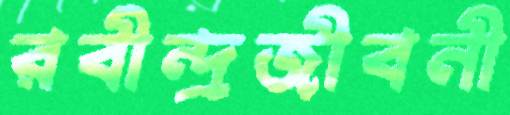
রবীন্দ্রজীবনী